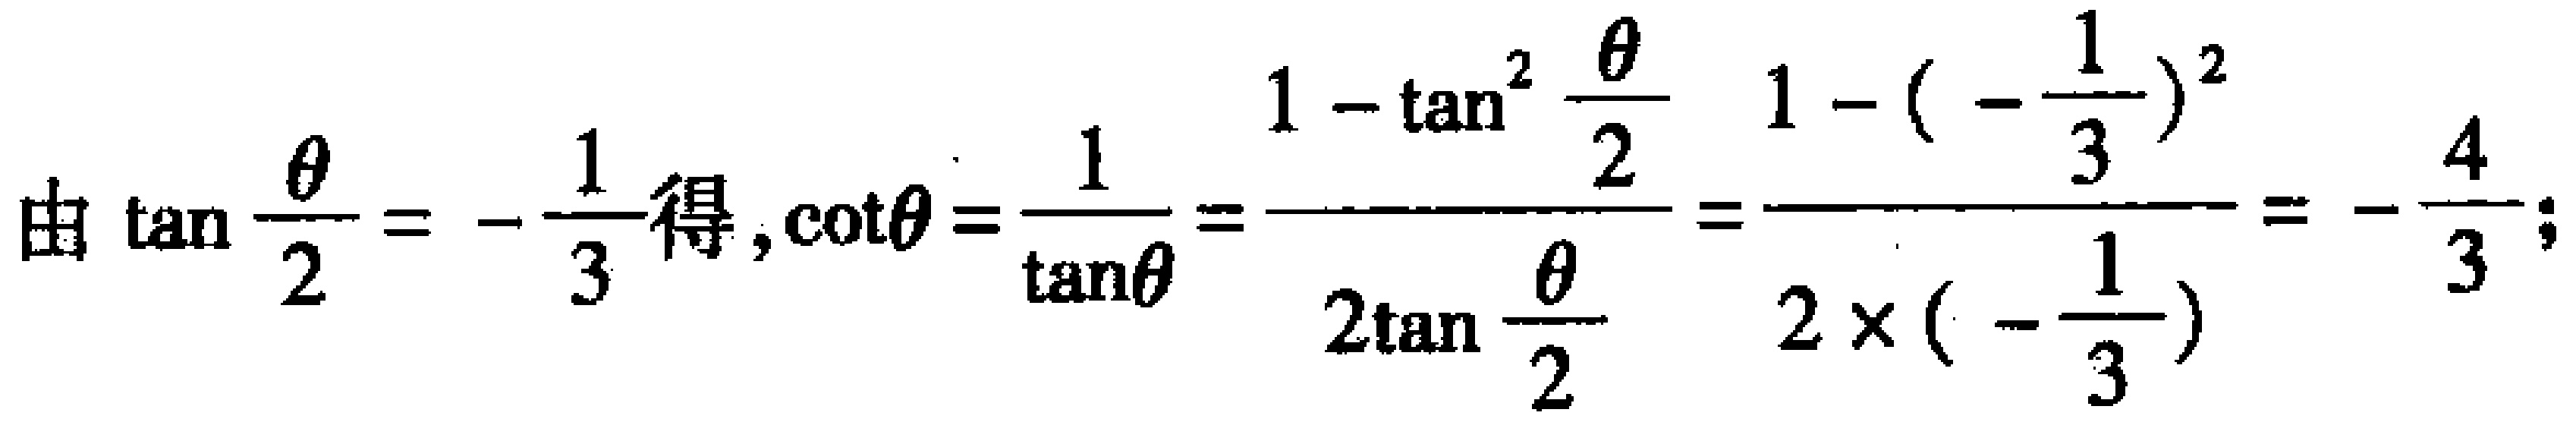
由\(\tan\frac{\theta}{2}=-\frac{1}{3}\)得，\(\cot\theta=\frac{1}{\tan\theta}=\frac{1 - \tan^{2}\frac{\theta}{2}}{2\tan\frac{\theta}{2}}=\frac{1 - (-\frac{1}{3})^{2}}{2\times(-\frac{1}{3})}=-\frac{4}{3}\)；